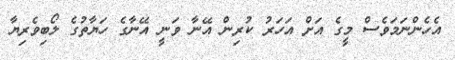
އެހެންނަމަވެސް މީގެ އަށް އަހަރު ކުރިން އޭނާ ވަނީ އޭނާގެ ހަޔާތުގެ ލޯބިވެރިޔާ